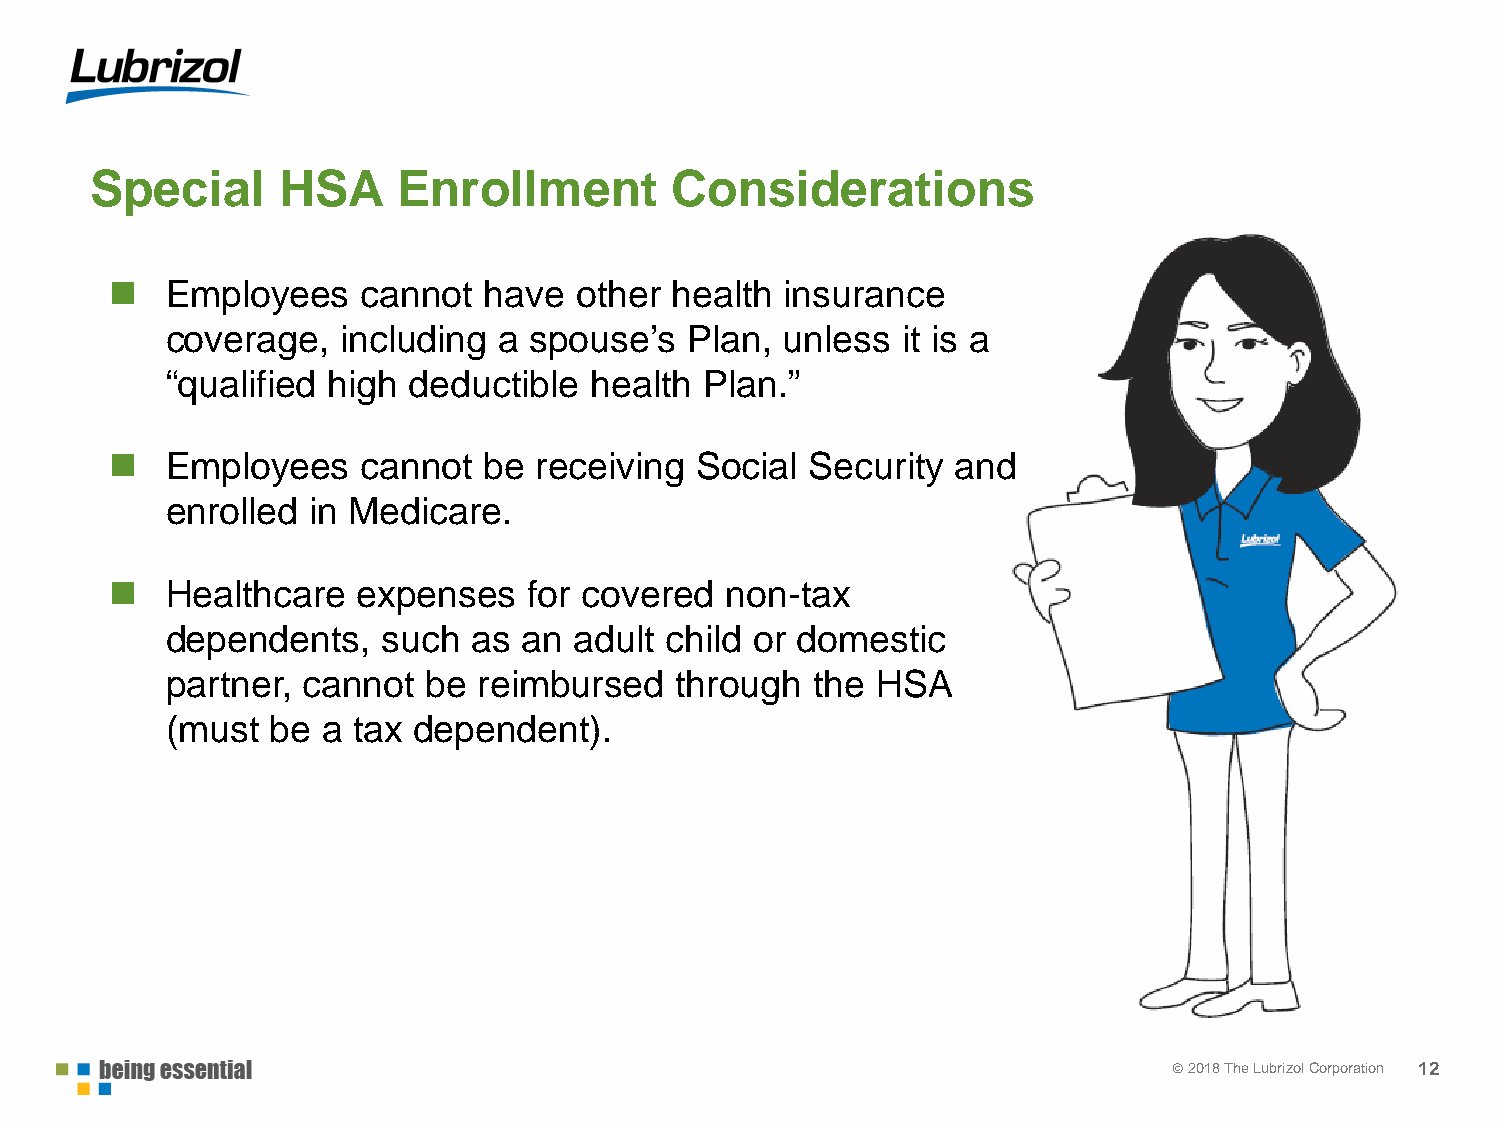
Special     HSA     Enrollment        Considerations
    Employees    cannot  have  other health  insurance
 coverage,   including a spouse’s   Plan, unless  it is a
 “qualified high deductible  health  Plan.”
    Employees    cannot  be  receiving Social  Security and
 enrolled in Medicare.
    Healthcare   expenses   for covered  non-tax
 dependents,   such  as  an adult child or domestic
 partner, cannot  be  reimbursed   through  the HSA
 (must  be a tax dependent).
 © 22001178 TThhee LLuubbrrizizool lC Coorprpoorartaiotinon 12